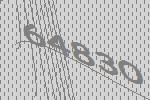
64830